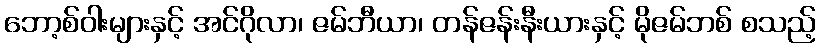
ဘော့စ်ဝါးများနှင့် အင်ဂိုလာ၊ ဇမ်ဘီယာ၊ တန်ဇန်းနီးယားနှင့် မိုဇမ်ဘစ် စသည့်